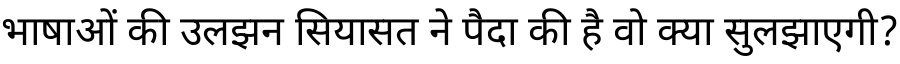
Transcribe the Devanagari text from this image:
भाषाओं की उलझन सियासत ने पैदा की है वो क्या सुलझाएगी?